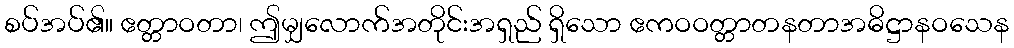
စပ်အပ်၏။ ဧတ္တာဝတာ၊ ဤမျှလောက်အတိုင်းအရှည် ရှိသော ဧကဝဝတ္တာတနတာအဓိဋ္ဌာနဝသေန